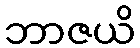
ဘာဇယိ